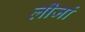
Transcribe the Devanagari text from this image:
लीजां